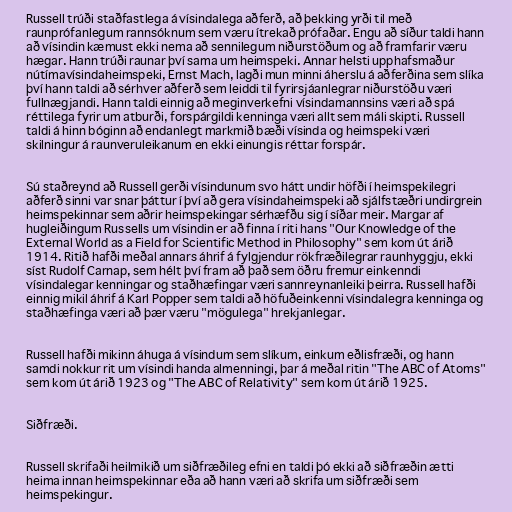
Russell trúði staðfastlega á vísindalega aðferð, að þekking yrði til með
raunprófanlegum rannsóknum sem væru ítrekað prófaðar. Engu að síður taldi hann
að vísindin kæmust ekki nema að sennilegum niðurstöðum og að framfarir væru
hægar. Hann trúði raunar því sama um heimspeki. Annar helsti upphafsmaður
nútímavísindaheimspeki, Ernst Mach, lagði mun minni áherslu á aðferðina sem slíka
því hann taldi að sérhver aðferð sem leiddi til fyrirsjáanlegrar niðurstöðu væri
fullnægjandi. Hann taldi einnig að meginverkefni vísindamannsins væri að spá
réttilega fyrir um atburði, forspárgildi kenninga væri allt sem máli skipti. Russell
taldi á hinn bóginn að endanlegt markmið bæði vísinda og heimspeki væri
skilningur á raunveruleikanum en ekki einungis réttar forspár.

Sú staðreynd að Russell gerði vísindunum svo hátt undir höfði í heimspekilegri
aðferð sinni var snar þáttur í því að gera vísindaheimspeki að sjálfstæðri undirgrein
heimspekinnar sem aðrir heimspekingar sérhæfðu sig í síðar meir. Margar af
hugleiðingum Russells um vísindin er að finna í riti hans "Our Knowledge of the
External World as a Field for Scientific Method in Philosophy" sem kom út árið
1914. Ritið hafði meðal annars áhrif á fylgjendur rökfræðilegrar raunhyggju, ekki
síst Rudolf Carnap, sem hélt því fram að það sem öðru fremur einkenndi
vísindalegar kenningar og staðhæfingar væri sannreynanleiki þeirra. Russell hafði
einnig mikil áhrif á Karl Popper sem taldi að höfuðeinkenni vísindalegra kenninga og
staðhæfinga væri að þær væru "mögulega" hrekjanlegar.

Russell hafði mikinn áhuga á vísindum sem slíkum, einkum eðlisfræði, og hann
samdi nokkur rit um vísindi handa almenningi, þar á meðal ritin "The ABC of Atoms"
sem kom út árið 1923 og "The ABC of Relativity" sem kom út árið 1925.

Siðfræði.

Russell skrifaði heilmikið um siðfræðileg efni en taldi þó ekki að siðfræðin ætti
heima innan heimspekinnar eða að hann væri að skrifa um siðfræði sem
heimspekingur.